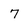
Character: 7